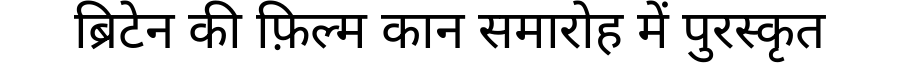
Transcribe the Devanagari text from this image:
ब्रिटेन की फ़िल्म कान समारोह में पुरस्कृत